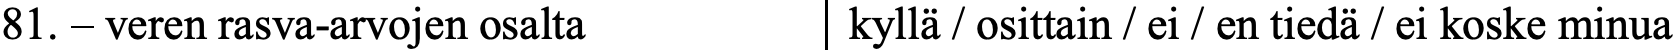
81. – veren rasva-arvojen osalta kyllä / osittain / ei / en tiedä / ei koske minua